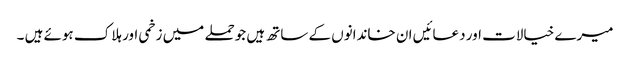
میرے خیالات اور دعائیں ان خاندانوں کے ساتھ ہیں جوحملے میں زخمی اور ہلاک ہوئے ہیں ۔